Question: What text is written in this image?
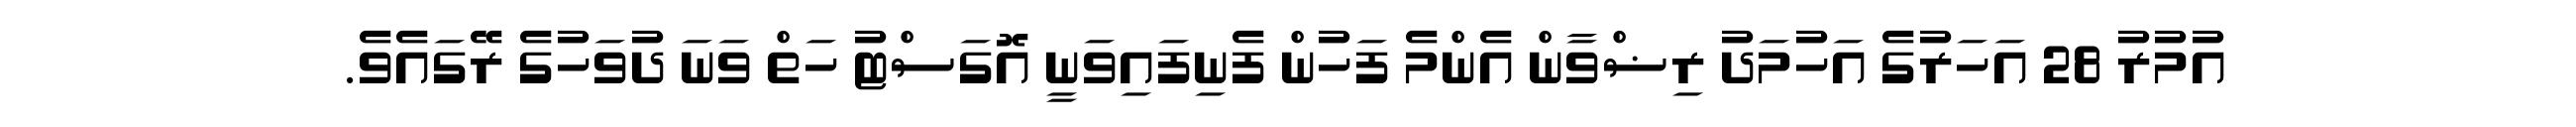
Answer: އުމުރު 28 އަހަރުގެ އަހުމަދު ރިޟްވާން އެންމެ ފަހުން ފެނިފައިވަނީ އޮގަސްޓު ހަތް ވަނަ ދުވަހުގެ ރޭގައެވެ.